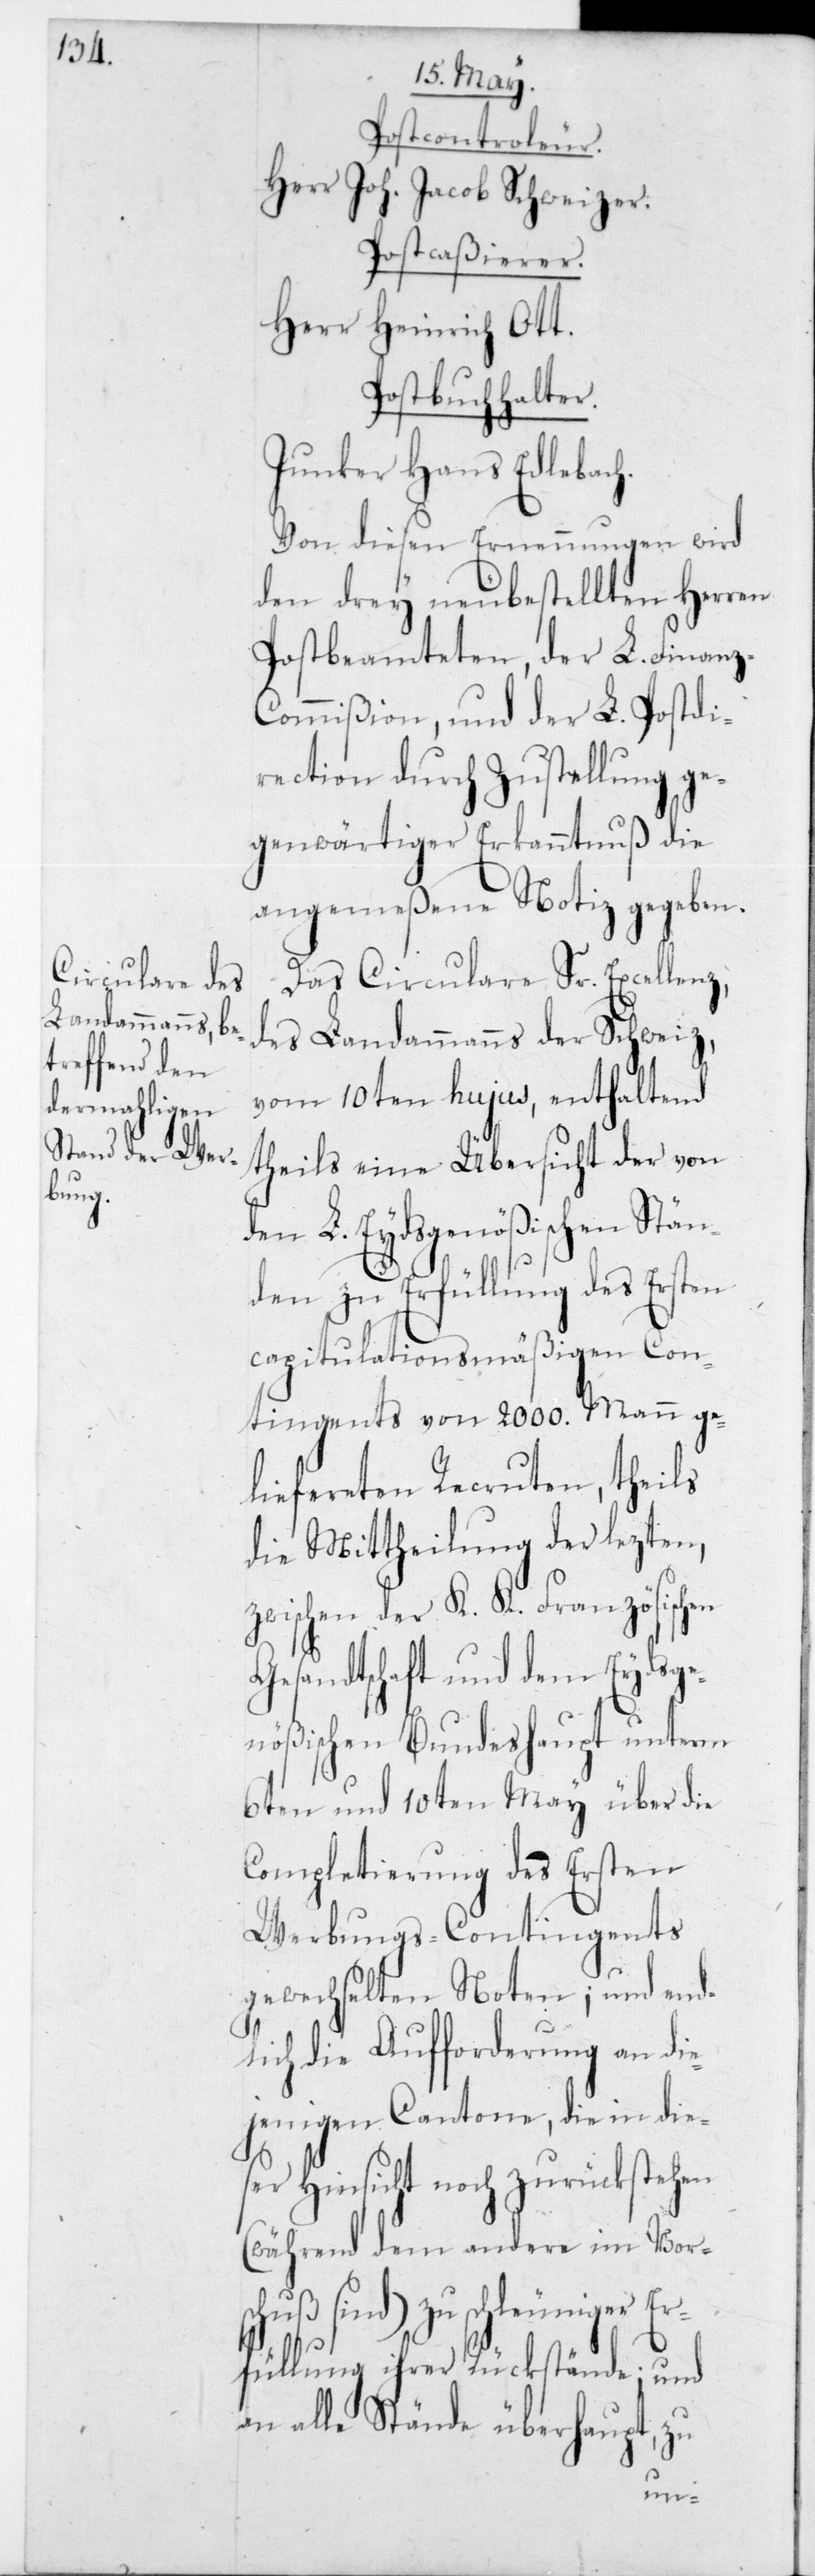
Postcontrolleur.
Herr Joh. Jacob Schweizer.
Postcaßierer.
Herr Heinrich Ott.
Postbuchhalter.
Junker Hans Edlebach.
Von diesen Ernennungen wird
den drey neubestellten Herren
Postbeamteten, der L. Finan¬
ommißion, und der L. Postdi¬
rection durch Zustellung ge¬
genwärtiger Erkanntnuß die
angemeßene Notiz gegeben.
Das Circulare Sr. Excellenz,
des Landammanns der Schweiz,
vom 10ten hujus, enthaltend
theils eine Übersicht der von
den L. Eydsgenößischen Stän¬
den zu Erfüllung des Ersten
capitulationsmäßigen Con¬
tingents von 2000 Mann ge¬
liefereten Recruten, theils
die Mittheilung der lezten,
zwischen der K. K. Französischen
Gesandtschaft und dem Eydsge¬
nößischen Bundeshaupt unterm
6ten und 10ten May über die
Complettierung des ersten
Werbungs-Contingents
gewechselten Noten; und end¬
lich die Aufforderung an die¬
jenigen Cantone, die in die¬
ser Hinsicht noch zurückstehen
(während dem andere im Vors¬
chuß sind) zu schleuniger E¬
rfüllung ihrer Rückstände; und
an alle Stände überhaupt, zu
z-C¬